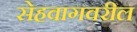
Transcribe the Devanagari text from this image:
सेहवागवरील